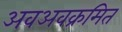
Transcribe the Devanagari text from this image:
अवअवक्रमित